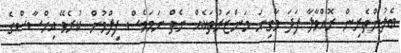
ބެލުންތެރިން ރޮއްވާލާ ފަދަ މާގިނަ މަންޒަރުތަކެއް ނެތް ނަމަވެސް ފިލްމުން ކުރެވޭ އިހްސާސްގެ